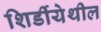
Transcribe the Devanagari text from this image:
शिर्डीयेथील